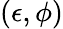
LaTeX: (\epsilon,\phi)